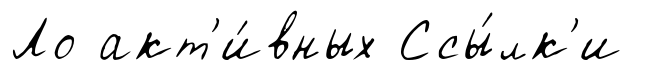
Ло акт'и́вных Ссы́лк'и